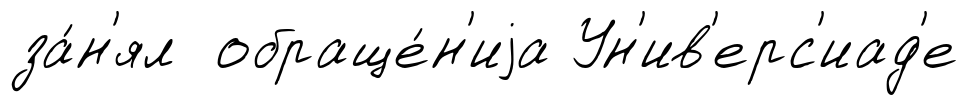
за́н'ял обраще́н'иjа Ун'ив'ерс'иад'е